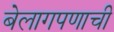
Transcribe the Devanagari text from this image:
बेलागपणाची